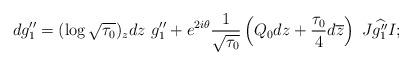
LaTeX: \begin{align*}dg_1''=(\log\sqrt{\tau_0})_zdz\ g''_1+e^{2i\theta}\frac{1}{\sqrt{\tau_0}}\left(Q_0dz+\frac{\tau_0}{4}d\overline{z}\right)\ J\widehat{g_1''}I;\end{align*}